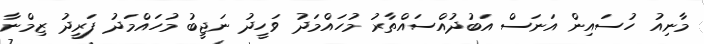
މާނިއު ހުސައިން އަނަސް އަބުދުއްސައްތާރު މުހައްމަދު ވަހީދު ނަޖީބު މުހައްމަދު ފަރީދު ޒިމްނާ